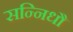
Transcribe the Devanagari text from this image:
सन्निधौ